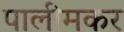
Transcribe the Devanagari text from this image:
पालीमकर